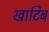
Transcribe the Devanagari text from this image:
खाटिब